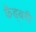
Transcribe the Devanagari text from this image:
कैड्बरी